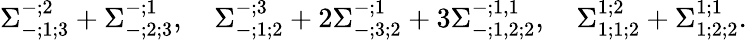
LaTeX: \Sigma_{-;1;3}^{-;2}+\Sigma_{-;2;3}^{-;1},\quad\Sigma_{-;1;2}^{-;3}+2\Sigma_{-;3;2}^{-;1}+3\Sigma_{-;1,2;2}^{-;1,1},\quad\Sigma_{1;1;2}^{1;2}+\Sigma_{1;2;2}^{1;1}.